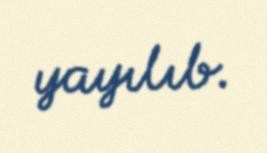
yayılıb.